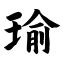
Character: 瑜